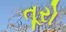
તૂરો